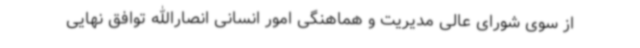
از سوی شورای عالی مدیریت و هماهنگی امور انسانی انصارالله توافق نهایی